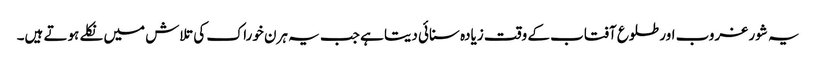
یہ شور غروب اور طلوع آفتاب کے وقت زیادہ سنائی دیتا ہے جب یہ ہرن خوراک کی تلاش میں نکلے ہوتے ہیں۔